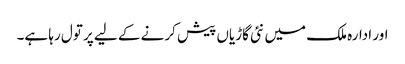
اور ادارہ ملک میں نئی گاڑیاں پیش کرنے کے لیے پر تول رہا ہے۔